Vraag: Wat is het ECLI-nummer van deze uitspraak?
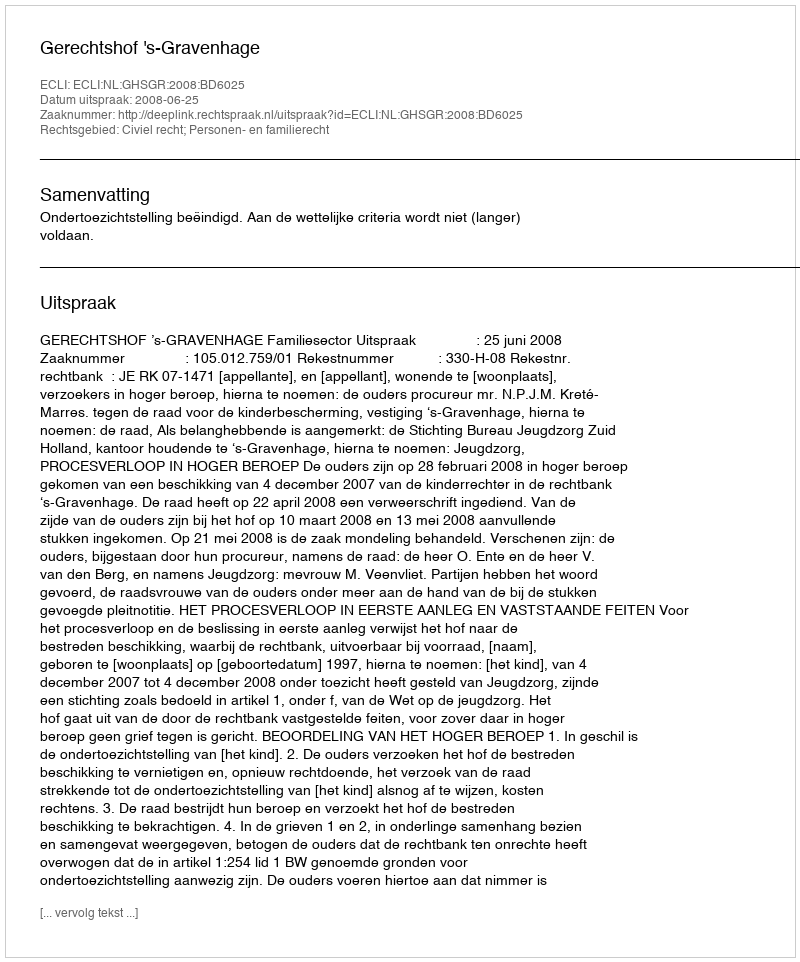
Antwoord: ECLI:NL:GHSGR:2008:BD6025